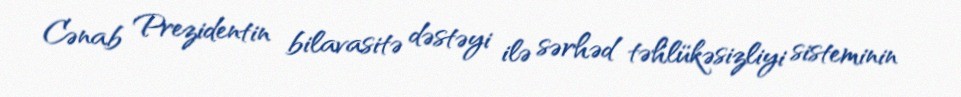
Cənab Prezidentin bilavasitə dəstəyi ilə sərhəd təhlükəsizliyi sisteminin